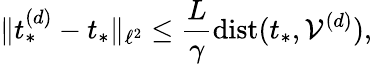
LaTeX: \| t_{*}^{(d)}-t_{*}\| _{\ell^{2}}\leq\frac{L}{\gamma}\mathrm{dist}(t_{*},\mathcal{V}^{(d)}),